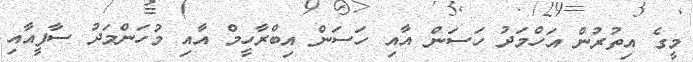
މީގެ އިތުރުން އަހްމަދު ހަސަން އާއި ހަސަން އިބްރާހީމް އާއި މުހަންމަދު ސާފީއާއި